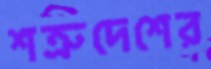
শত্রুদেশের